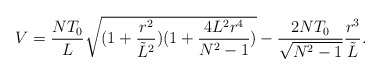
\begin{align*}V=\frac{NT_0}{L}\sqrt{(1+\frac{r^2}{{\tilde L}^2})(1+\frac{4L^2r^4}{N^2-1})}-\frac{2NT_0}{\sqrt{N^2-1}}\frac{r^3}{{\tilde L}}.\end{align*}